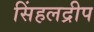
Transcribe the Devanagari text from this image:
सिंहलद्रीप